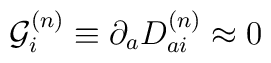
{\cal G}_i^{(n)} \equiv \partial_aD_{ai}^{(n)} \approx 0